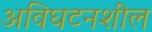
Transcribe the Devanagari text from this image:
अविघटनशील